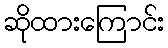
ဆိုထားကြောင်း